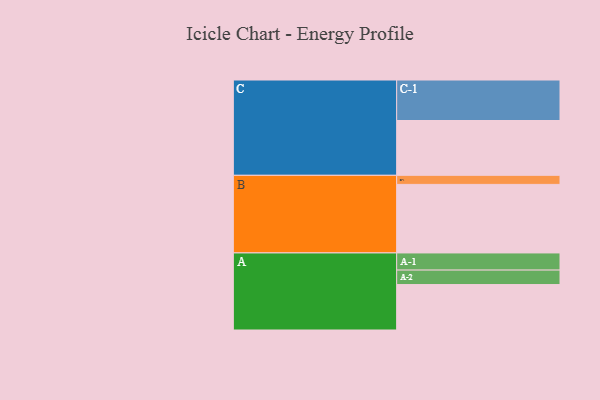
{"axis": {"x": "Segment", "y": "Value"}, "legend": ["", "A", "B", "C"], "data": [{"x": "A", "y": 321, "type": ""}, {"x": "B", "y": 484, "type": ""}, {"x": "C", "y": 387, "type": ""}, {"x": "A-1", "y": 121, "type": "A"}, {"x": "A-2", "y": 102, "type": "A"}, {"x": "B-1", "y": 64, "type": "B"}, {"x": "C-1", "y": 286, "type": "C"}]}